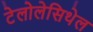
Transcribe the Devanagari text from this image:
टेलोलेसिथेल